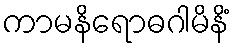
ကာမနိရောဓဂါမိနိံ